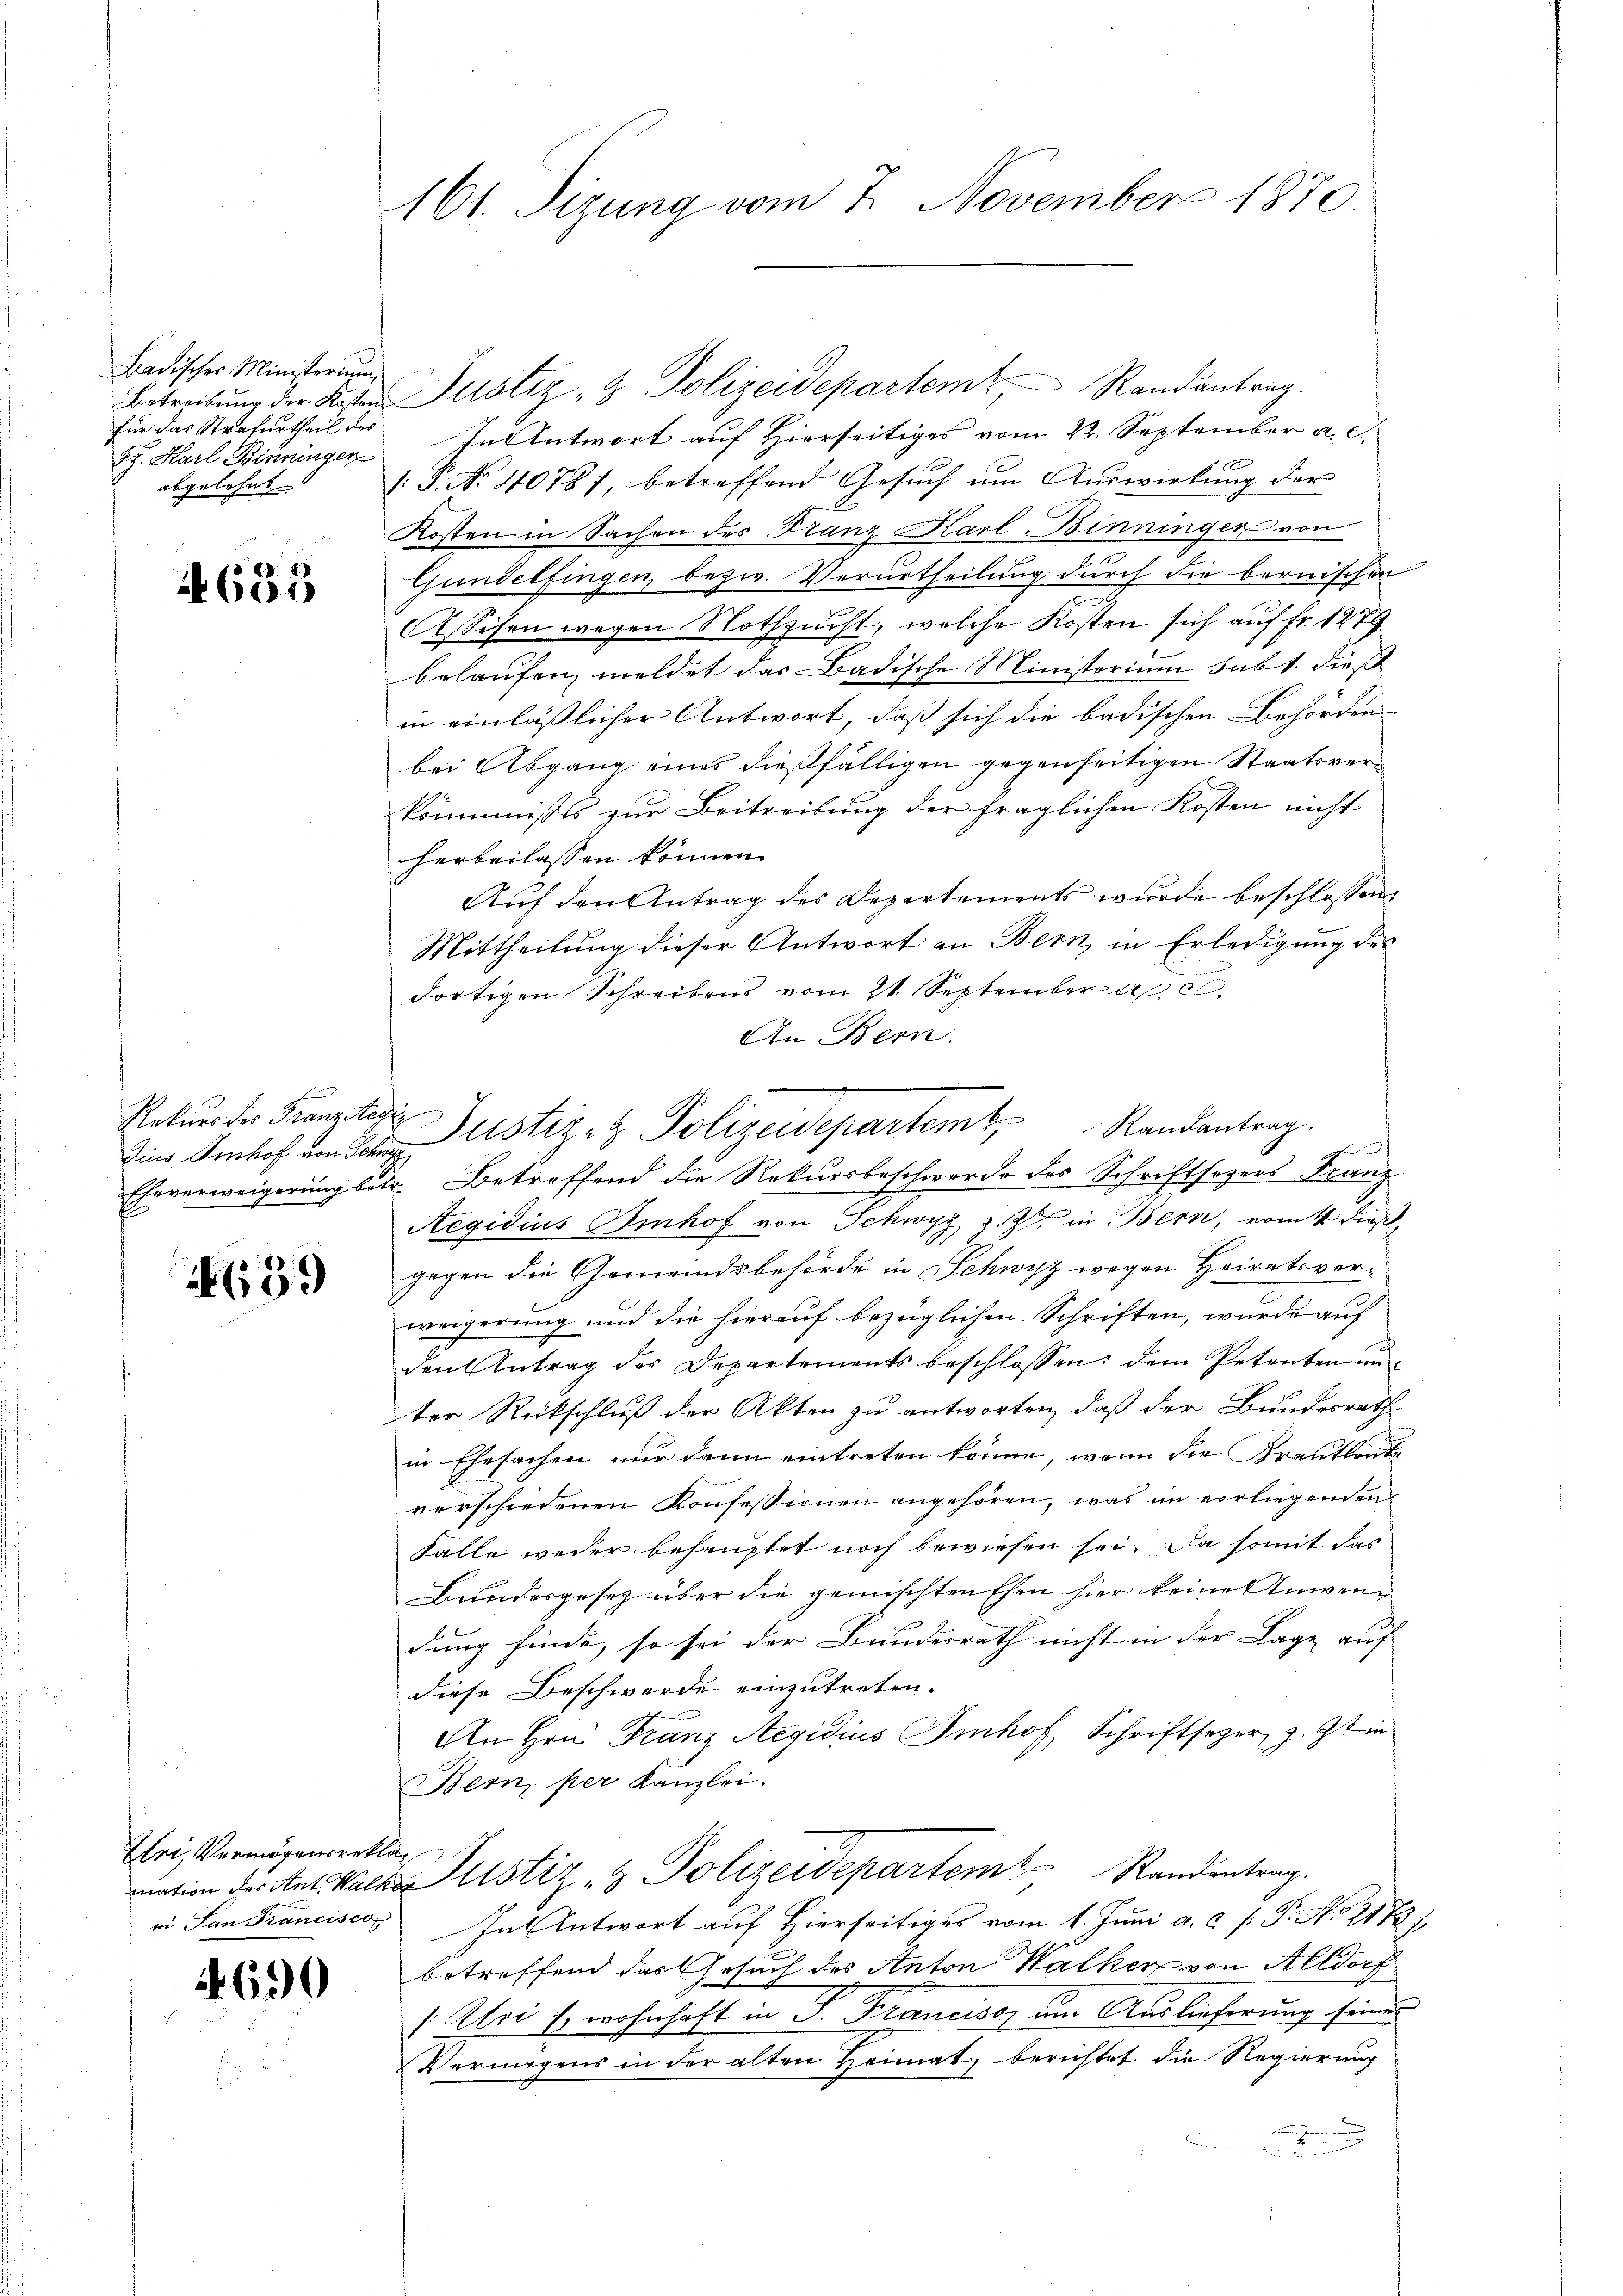
Badischer Ministerium,
Sz. Karl Binningen
abgelehnt

653

Rekurs der Franzstegi

4639

Uri, Vermögensreklag

4690

161. Sizung vom 7. November 1870.

Betreibŭng der Kosten Justiz- & Polizeidepartem Randantrag.
für das Strafurtheil des In Antwort auf Hierseitiges vom 22. September a. c.
/: P. No. 4078/, betreffend Gesuch um Auswirkung der
Kosten in Sachen des Franz Karl Binninger von
Gundelfingen, bezw. Verurtheilung durch die bernischen
Assisen wegen Nothzucht, welche Kosten sich auf Fr. 1279
belaufen, meldet das Badische Ministerium sub 1. dieß
in einläßlicher Antwort, daß sich die badischen Behörden
bei Abgang eines dießfälligen gegenseitigen Staatsverkommnisses zur Beitreibung der fraglichen Kosten nicht
herbeilassen können.
Auf den Antrag des Departements wurde beschlossen
Mittheilung dieser Antwort an Bern, in Erledigung des
dortigen Schreibens vom 21. September a. c.
An Bern.
h
Eheverweigerung betr. Betreffend die Rekursbeschwerde der Schriftsagers Franz
Aegidius Imhof von Schwyz z. Z. in Bern, womit dies
gegen die Gemeindsbehörde in Schwyz wegen Heiratsverweigerung und die hierauf bezüglichen Schriften, wurde auf
den Antrag des Departements beschlossen: dem Petenten ŭn-
ter Rückschluß der Akten zu antworten, daß der Bundesrath
in Ehesachen nur dann eintreten könne, wenn die Krautleute
verschiedenen Konfessionen angehören, was im vorliegenden
Falle weder behauptet noch bewiesen sei. Da somit das
Bundesgesetz über die gemischten Ehen hier keines Anwendung finde, so sei der Bundesrath nicht in der Lage auf
diese Beschwerde einzutreten.
An Hrn. Franz Aegidius Imhof Schriftsezer, z. Zt. in
Bern, per Kanzlei.
mation des Antskale Justiz & Polizeidepartem Randentrag.
ei San Francisco In Antwort auf Hierseitiges vom 1. Juni a.c. (T. No 21727
betreffend das Gesuch des Anton Walker von Altdorf
: Uri u. wohnhaft in P. Francisoz um Auslieferung seines
Vermögens in der alten Heimat, berichtet die Regierung

Ein Amtes den der Justiz- & Polizeidepartemt, Randantrag.